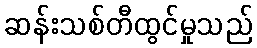
ဆန်းသစ်တီထွင်မှုသည်